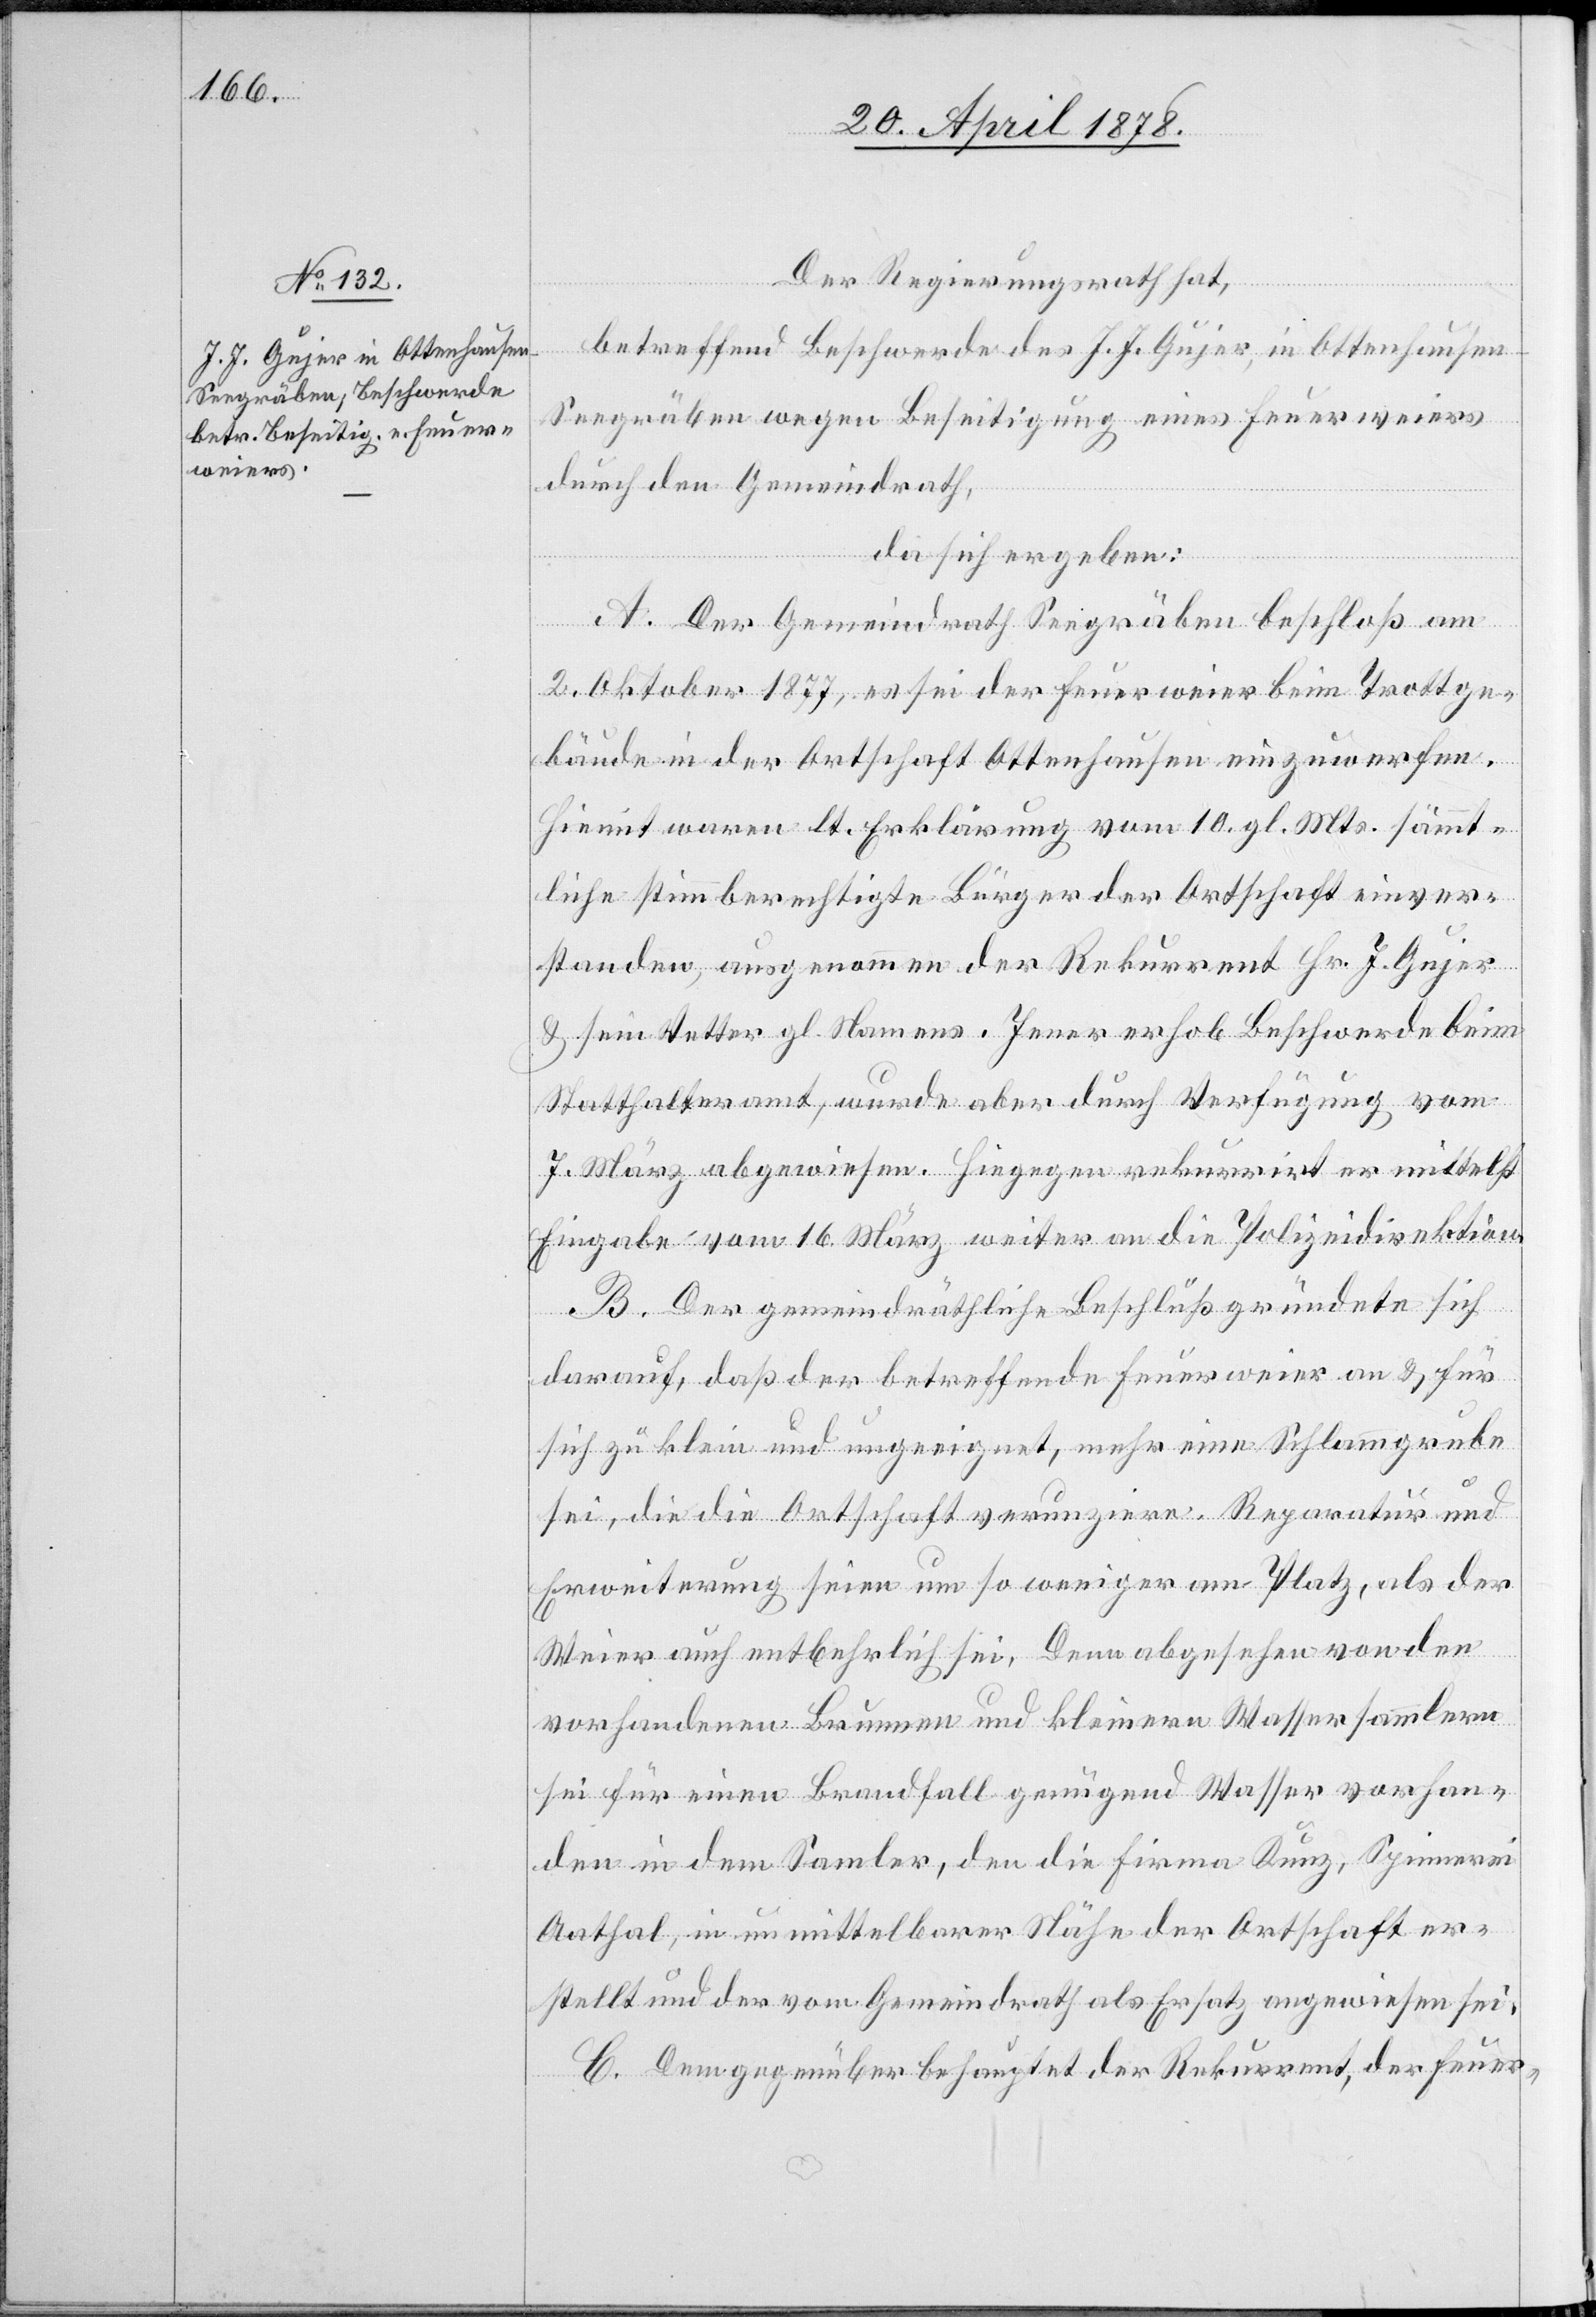
Der Regierungsrath hat,
betreffend Beschwerde des J. J. Gujer in Ottenhausen
Seegräben wegen Beseitigung eines Feuerweiers
durch den Gemeindrath,
da sich ergeben:
A. Der Gemeindrath Seegräben beschloß am
2. Oktober 1877, es sei der Feuerweier beim Trottge¬
bäude in der Ortschaft Ottenhausen einzuwerfen.
Hiemit waren lt. Erklärung vom 10. gl. Mts. sämmt¬
liche stimmberechtigte Bürger der Ortschaft einver¬
standen, ausgenommen der Rekurrent Hr. J. Gujer
& sein Vetter gl. Namens. Jener erhob Beschwerde beim
Statthalteramt, wurde aber durch Verfügung vom
7. März abgewiesen. Hiegegen rekurrirt er mittelst
Eingabe vom 16. März weiter an die Polizeidirektion.
B. Der gemeindräthliche Beschluß gründete sich
darauf, das der betreffende Feuerweier an & für
sich zu klein und ungeeignet, mehr eine Schlammgrube
sei, die die Ortschaft verunziere. Reparatur und
Erweiterung seien um so weniger am Platz, als der
Weier auch entbehrlich sei. Denn abgesehen von den
vorhandenen Brunnen und kleinern Wassersammlern
sei für einen Brandfall genügend Wasser vorhan¬
den in dem Sammler, den die Firma Kunz, Spinnerei
Aathal, in unmittelbarer Nähe der Ortschaft er¬
stellt und der vom Gemeindrath als Ersatz angewiesen sei.
C. Demgegenüber behauptet der Rekurrent, der Feuer-